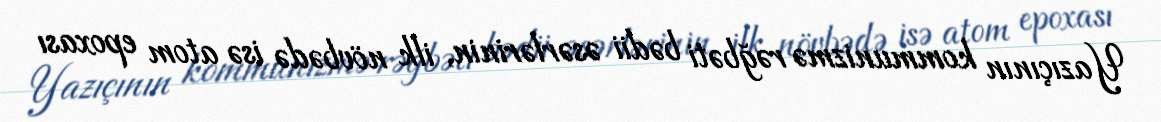
Yazıçının kommunizmə rəğbəti bədii əsərlərinin, ilk növbədə isə atom epoxası